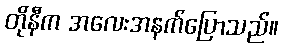
တိုနီက အလေးအနက်ပြောသည်။